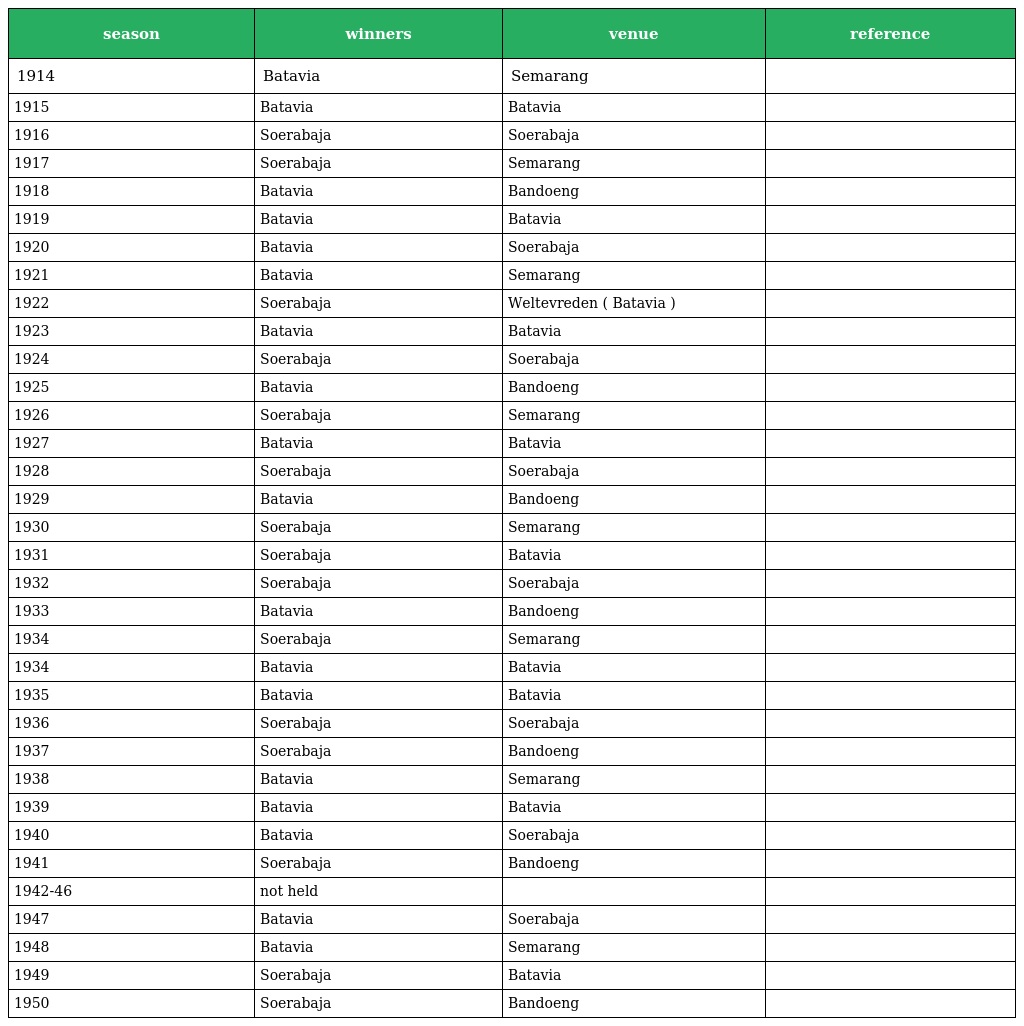
| season | winners | venue | reference |
 | --- | --- | --- | --- |
 | 1914 | Batavia | Semarang |  |
 | 1915 | Batavia | Batavia |  |
 | 1916 | Soerabaja | Soerabaja |  |
 | 1917 | Soerabaja | Semarang |  |
 | 1918 | Batavia | Bandoeng |  |
 | 1919 | Batavia | Batavia |  |
 | 1920 | Batavia | Soerabaja |  |
 | 1921 | Batavia | Semarang |  |
 | 1922 | Soerabaja | Weltevreden ( Batavia ) |  |
 | 1923 | Batavia | Batavia |  |
 | 1924 | Soerabaja | Soerabaja |  |
 | 1925 | Batavia | Bandoeng |  |
 | 1926 | Soerabaja | Semarang |  |
 | 1927 | Batavia | Batavia |  |
 | 1928 | Soerabaja | Soerabaja |  |
 | 1929 | Batavia | Bandoeng |  |
 | 1930 | Soerabaja | Semarang |  |
 | 1931 | Soerabaja | Batavia |  |
 | 1932 | Soerabaja | Soerabaja |  |
 | 1933 | Batavia | Bandoeng |  |
 | 1934 | Soerabaja | Semarang |  |
 | 1934 | Batavia | Batavia |  |
 | 1935 | Batavia | Batavia |  |
 | 1936 | Soerabaja | Soerabaja |  |
 | 1937 | Soerabaja | Bandoeng |  |
 | 1938 | Batavia | Semarang |  |
 | 1939 | Batavia | Batavia |  |
 | 1940 | Batavia | Soerabaja |  |
 | 1941 | Soerabaja | Bandoeng |  |
 | 1942-46 | not held |  |  |
 | 1947 | Batavia | Soerabaja |  |
 | 1948 | Batavia | Semarang |  |
 | 1949 | Soerabaja | Batavia |  |
 | 1950 | Soerabaja | Bandoeng |  |